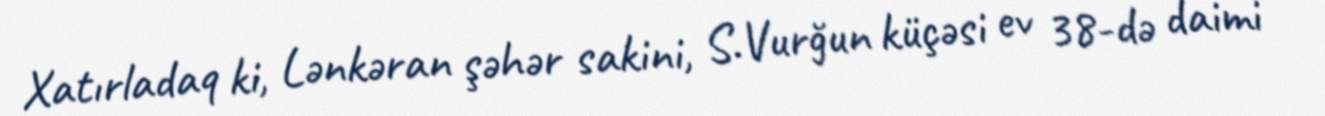
Xatırladaq ki, Lənkəran şəhər sakini, S.Vurğun küçəsi ev 38-də daimi